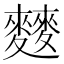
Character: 𲎐